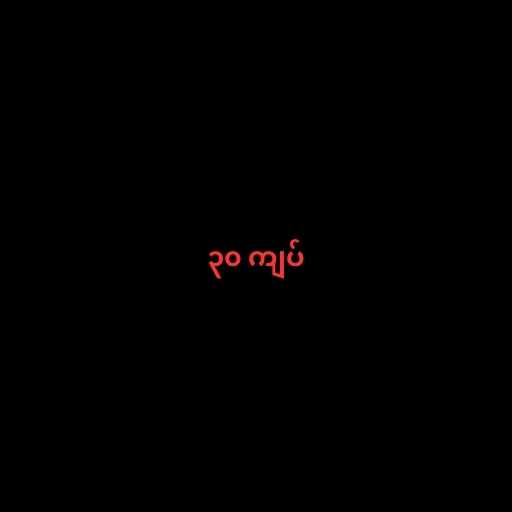
၃၀ ကျပ်